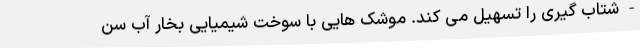
- شتاب گیری را تسهیل می کند. موشک هایی با سوخت شیمیایی بخار آب سن